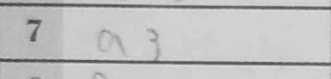
Transcription: a3